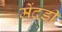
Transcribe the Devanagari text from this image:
मेंदडी